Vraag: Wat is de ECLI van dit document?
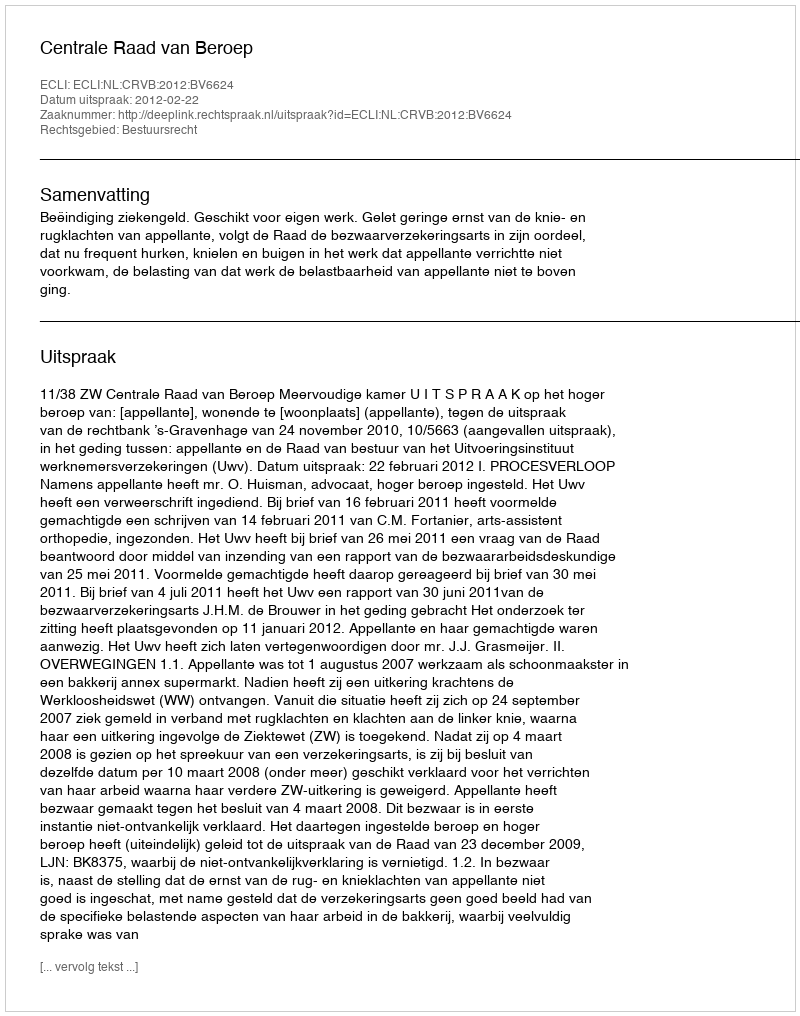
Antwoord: ECLI:NL:CRVB:2012:BV6624